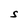
Character: S